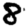
Digit: 8